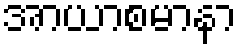
အာယာစမာနာ